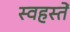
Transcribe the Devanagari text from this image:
स्वहस्तें